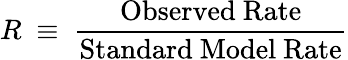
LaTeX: R~\equiv~\frac{\mathrm{Observed~Rate}}{\mathrm{Standard~Model~Rate}}